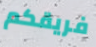
فريقكم